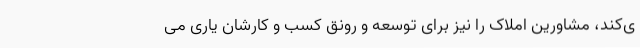
ی­کند، مشاورین املاک را نیز برای توسعه و رونق کسب و کارشان یاری می